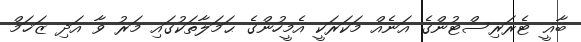
ބާޣީ ޓެރަރިސްޓުންގެ އަނެއް މަކަރަކީ އެމީހުންގެ ޙަމަލާތަކުގައި މަރު ވާ އަދި ޒަޚަމް